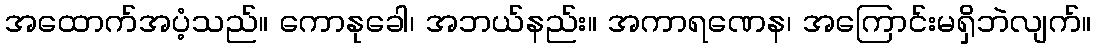
အထောက်အပံ့သည်။ ကောနုခေါ၊ အဘယ်နည်း။ အကာရဏေန၊ အကြောင်းမရှိဘဲလျက်။